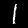
Label: 1